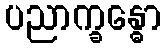
ပညာက္ခန္ဓော